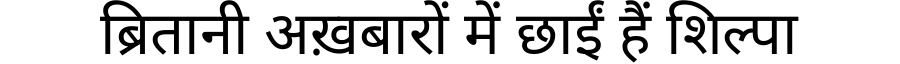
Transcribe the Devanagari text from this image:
ब्रितानी अख़बारों में छाईं हैं शिल्पा